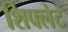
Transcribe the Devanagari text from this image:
शिफ्लेट